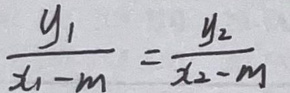
$\frac{y_1}{x_1 - m} = \frac{y_2}{x_2 - m}$